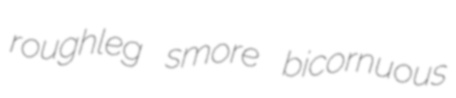
roughleg smore bicornuous